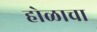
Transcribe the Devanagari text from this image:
होळाचा